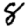
Digit: 8